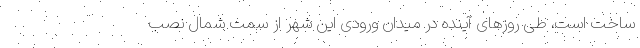
ساخت است، طی روزهای آینده در میدان ورودی این شهر از سمت شمال نصب